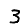
Digit: 3